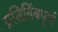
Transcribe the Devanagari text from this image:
प्रतिबिंबपूर्ण